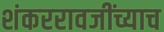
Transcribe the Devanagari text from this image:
शंकररावजींच्याच